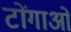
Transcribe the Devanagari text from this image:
टोंगाओं